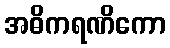
အဓိကရဏိကော